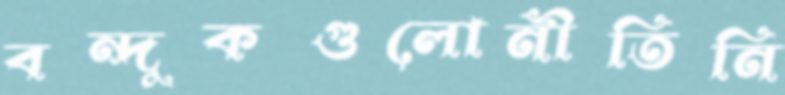
বন্দুকগুলোনীতিনি